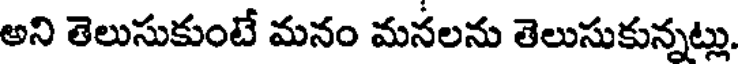
అని తెలుసుకుంటే మనం మనలను తెలుసుకున్నట్లు.